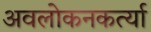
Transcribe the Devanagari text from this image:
अवलोकनकर्त्या